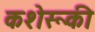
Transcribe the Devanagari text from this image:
कशेरूकी